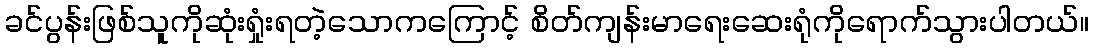
ခင်ပွန်းဖြစ်သူကိုဆုံးရှုံးရတဲ့သောကကြောင့် စိတ်ကျန်းမာရေးဆေးရုံကိုရောက်သွားပါတယ်။